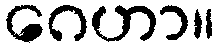
ဂေဟာ။